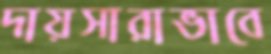
দায়সারাভাবে